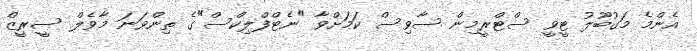
އެންމެ މަގުބޫލު ޓީވީ ސްޓްރީމިން ސާވިސް ކަމަށްވާ "ނެޓްފްލިކްސް"ގެ ތިންވަނަ މާވެލް ސީރީޒް